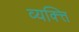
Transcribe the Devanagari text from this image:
व्यक्त्ति